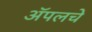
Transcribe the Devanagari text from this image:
ॲपलचे